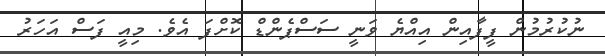
ނުކުރުމުން ފީފާއިން އިއްޔެ ވަނީ ސަސްޕެންޑް ކޮށްފަ އެވެ. މިއީ ފަސް އަހަރު